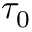
\tau _ { 0 }